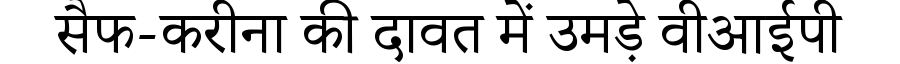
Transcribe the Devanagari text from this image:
सैफ-करीना की दावत में उमड़े वीआईपी